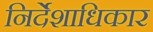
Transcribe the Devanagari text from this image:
निर्देशाधिकार